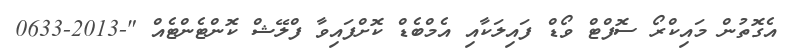
އެގޮތުން މައިކްރޯ ސޮފްޓް ވޯޑް ފައިލަކާއި އެމްބެޑް ކޮށްފައިވާ ފްލޭޝް ކޮންޓެންޓެއް "-2013-0633